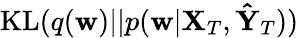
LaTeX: \textrm{KL}(q(\mathbf{w})||p(\mathbf{w}|\mathbf{X}_{T},\mathbf{\hat{Y}}_{T}))